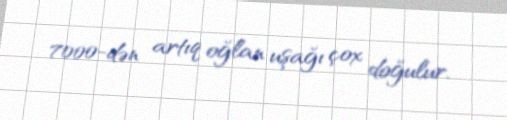
7000-dən artıq oğlan uşağı çox doğulur.